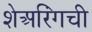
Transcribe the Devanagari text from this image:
शेअरिंगची